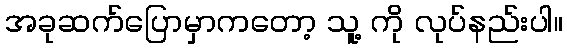
အခုဆက်ပြောမှာကတော့ သူ့ ကို လုပ်နည်းပါ။